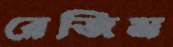
রেজিম